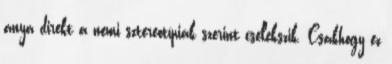
anya direkt a nemi sztereotípiák szerint cselekszik. Csakhogy ez